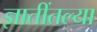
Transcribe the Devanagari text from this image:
ज्ञातींतल्या